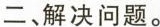
二、解决问题。